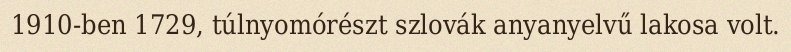
1910-ben 1729, túlnyomórészt szlovák anyanyelvű lakosa volt.